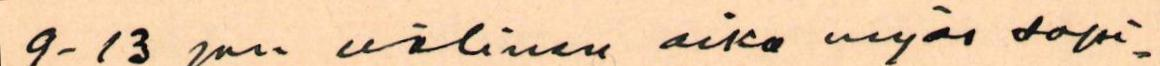
9 - 13 pn. välinen aika myös sopi-